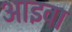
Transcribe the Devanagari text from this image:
आइवा